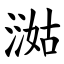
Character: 㵈